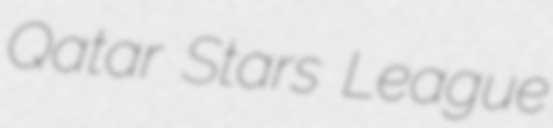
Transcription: Qatar Stars League